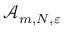
\mathcal { A } _ { m , N , \varepsilon }